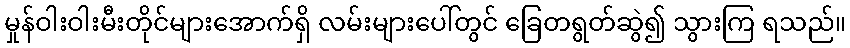
မှုန်ဝါးဝါးမီးတိုင်များအောက်ရှိ လမ်းများပေါ်တွင် ခြေတရွတ်ဆွဲ၍ သွားကြ ရသည်။